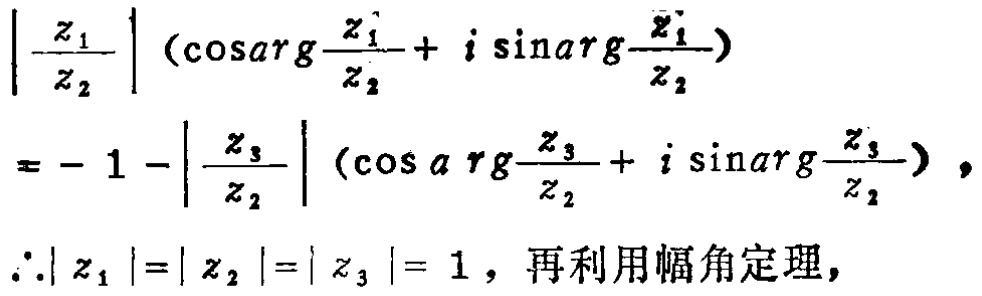
$\left|\frac{z_{1}}{z_{2}}\right|\left(\cos\arg\frac{z_{1}}{z_{2}} + i\sin\arg\frac{z_{1}}{z_{2}}\right)$
$= - 1-\left|\frac{z_{3}}{z_{2}}\right|\left(\cos\arg\frac{z_{3}}{z_{2}} + i\sin\arg\frac{z_{3}}{z_{2}}\right),$
$\therefore|z_{1}| = |z_{2}| = |z_{3}| = 1$，再利用幅角定理，